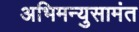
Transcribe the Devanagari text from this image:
अभिमन्युसामंत